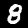
Digit: 8